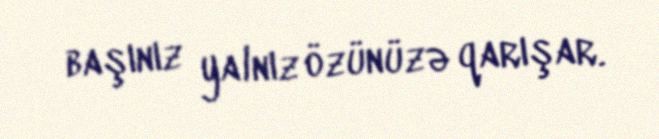
başınız yalnız özünüzə qarışar.